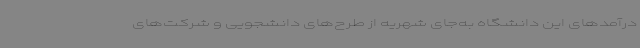
درآمدهای این دانشگاه به‌جای شهریه از طرح‌های دانشجویی و شرکت‌های